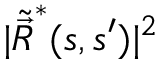
| \tilde { \vec { R } } ^ { * } ( s , s ^ { \prime } ) | ^ { 2 }